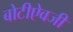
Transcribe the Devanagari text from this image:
बोटीऐवजी